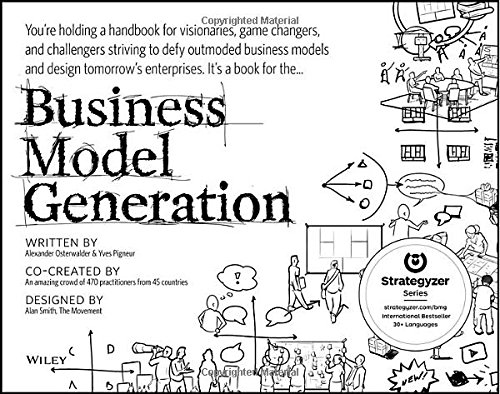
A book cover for Business Model Generation: A Handbook for Visionaries, Game Changers, and Challengers; Alexander Osterwalder; Business & Money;